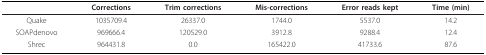
|  | Corrections | Trim corrections | Mis-corrections | Error reads kept | Time (min) |
 | --- | --- | --- | --- | --- | --- |
 | Quake | 1035709.4 | 26337.0 | 1744.0 | 5537.0 | 14.2 |
 | SOAPdenovo | 969666.4 | 120529.0 | 3912.8 | 9288.4 | 12.4 |
 | Shrec | 964431.8 | 0.0 | 165422.0 | 41733.6 | 87.6 |